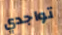
تواجدي